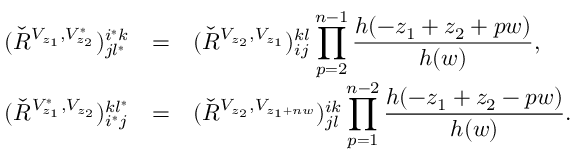
\begin{array} { r c l } { { ( \check { R } ^ { V _ { z _ { 1 } } , V _ { z _ { 2 } } ^ { * } } ) _ { j l ^ { * } } ^ { i ^ { * } k } } } & { { = } } & { { ( \check { R } ^ { V _ { z _ { 2 } } , V _ { z _ { 1 } } } ) _ { i j } ^ { k l } \displaystyle \prod _ { p = 2 } ^ { n - 1 } \frac { h ( - z _ { 1 } + z _ { 2 } + p w ) } { h ( w ) } , } } \\ { { ( \check { R } ^ { V _ { z _ { 1 } } ^ { * } , V _ { z _ { 2 } } } ) _ { i ^ { * } j } ^ { k l ^ { * } } } } & { { = } } & { { ( \check { R } ^ { V _ { z _ { 2 } } , V _ { z _ { 1 } + n w } } ) _ { j l } ^ { i k } \displaystyle \prod _ { p = 1 } ^ { n - 2 } \frac { h ( - z _ { 1 } + z _ { 2 } - p w ) } { h ( w ) } . } } \end{array}